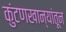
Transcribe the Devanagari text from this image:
कुंटणखान्यांतून